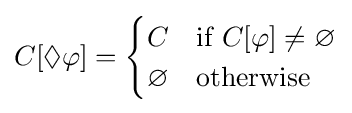
C[\Diamond \varphi ]={\begin{cases}C&{\text{if }}C[\varphi ]\neq \varnothing \\\varnothing &{\text{otherwise}}\end{cases}}